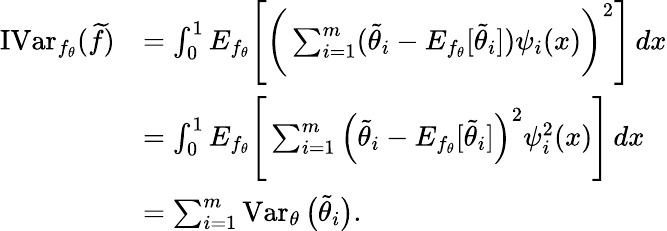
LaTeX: \begin{array}{rl}{\operatorname{IVar}_{f_{\theta}}(\widetilde f)}&{=\int_{0}^{1}E_{f_{\theta}}\Bigg[\bigg(\sum_{i=1}^{m}(\widetilde\theta_{i}-E_{f_{\theta}}[\widetilde\theta_{i}])\psi_{i}(x)\bigg)^{2}\Bigg]\, dx}\\ &{=\int_{0}^{1}E_{f_{\theta}}\Bigg[\sum_{i=1}^{m}\Big(\widetilde\theta_{i}-E_{f_{\theta}}[\widetilde\theta_{i}]\Big)^{2}\psi_{i}^{2}(x)\Bigg]\, dx}\\ &{=\sum_{i=1}^{m}\operatorname{Var}_{\theta}\big(\widetilde\theta_{i}\big).}\end{array}